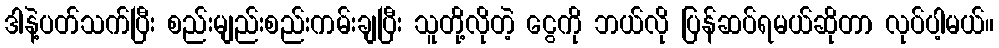
ဒါနဲ့ပတ်သက်ပြီး စည်းမျည်းစည်းကမ်းချပြီး သူတို့လိုတဲ့ ငွေကို ဘယ်လို ပြန်ဆပ်ရမယ်ဆိုတာ လုပ်ပါ့မယ်။